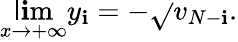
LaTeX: \operatorname*{\mathsf{l}\mathbf{i}m}_{x\rightarrow+\infty}y_{\mathbf{i}}=-\sqrt{}{{v_{N-\mathbf{i}}}}.